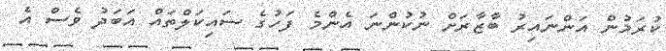
ކުރަމުން އަންނައިރު ބާޒާރަށް ނުކުންނަ އެންމެ ފަހުގެ ސައިކަލްތައް އަބަދު ވެސް އެ